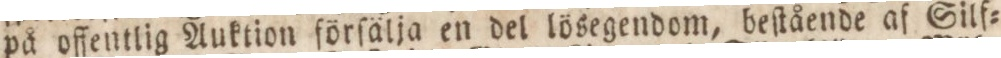
på offentlig Auktion förſälja en del lösegendom, beſtående af Silf=